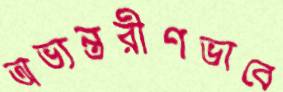
অভ্যন্তরীণভাবে